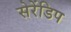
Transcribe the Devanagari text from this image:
सेरेंडिप